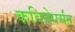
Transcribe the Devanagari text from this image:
कवितेपर्यंत